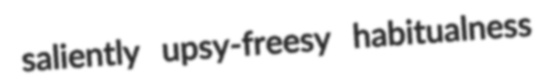
saliently upsy-freesy habitualness